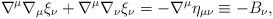
LaTeX: \begin{align*}\nabla^{\mu}\nabla_\mu \xi_{\nu} +\nabla^\mu \nabla_\nu \xi_\nu = -\nabla^\mu \eta_{\mu\nu}\equiv - B_\nu,\end{align*}